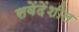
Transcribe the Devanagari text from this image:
सवेंदेंशील